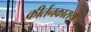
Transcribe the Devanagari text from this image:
कीर्तनकाराचा